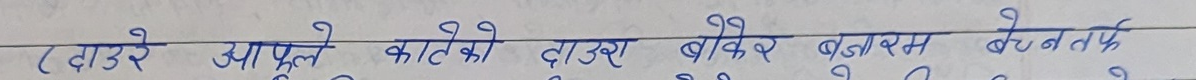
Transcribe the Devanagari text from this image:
टाउरे आपले काटेको दाउरा बेचेर गुजारा बेच्नर्फ